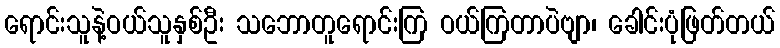
ရောင်းသူနဲ့ဝယ်သူနှစ်ဦး သဘောတူရောင်းကြ ဝယ်ကြတာပဲဗျာ၊ ခေါင်းပုံဖြတ်တယ်